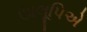
ઊલૂપિએ